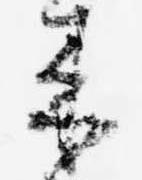
来